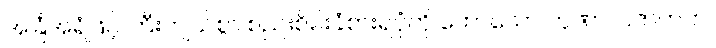
အခြံအရံဖြင့် ကြီးကျယ်စွာ စည်းစိမ်းခံစားရပုံကို ဟောသော ကုဏာလဇာတက၊